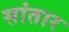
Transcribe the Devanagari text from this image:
सांतार